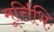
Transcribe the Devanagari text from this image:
मूर्त्तिभिः